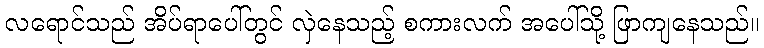
လရောင်သည် အိပ်ရာပေါ်တွင် လှဲနေသည့် စကားလက် အပေါ်သို့ ဖြာကျနေသည်။